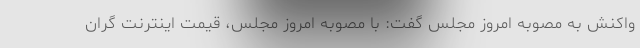
واکنش به مصوبه امروز مجلس گفت: با مصوبه امروز مجلس، قیمت اینترنت گران